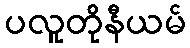
ပလူတိုနီယမ်